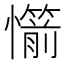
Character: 𢤣